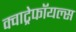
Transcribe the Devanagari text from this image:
क्वाट्रेफॉयल्स